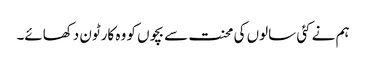
ہم نے کئی سالوں کی محنت سے بچوں کو وہ کارٹون دکھائے۔